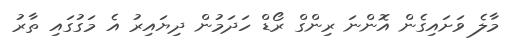
މާލެ ވަށައިގެން އޮންނަ ރިންގް ރޯޑް ހަދަމުން ދިޔައިރު އެ މަގުގައި ތާރު